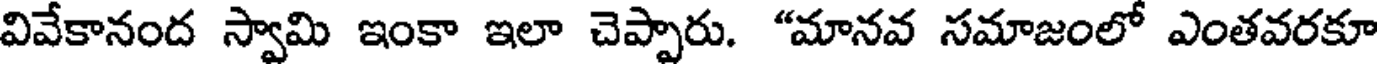
వివేకానంద స్వామి ఇంకా ఇలా చెప్పారు. "మానవ సమాజంలో ఎంతవరకూ